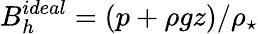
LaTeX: B_{h}^{ideal}=(p+\rho gz)/\rho_{\star}